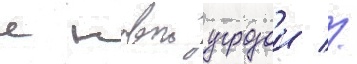
с новои угрозои //